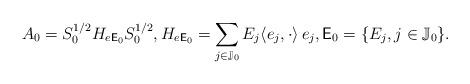
LaTeX: \begin{align*} A_0=S_0^{1/2}H_{e{\sf E}_0}S_0^{1/2}, H_{e{\sf E}_0}=\sum_{j\in\mathbb{J}_0}E_j \langle e_j, \cdot\rangle\,e_j, {\sf E}_0=\{E_j, j\in\mathbb{J}_0\}. \end{align*}